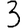
Digit: 3